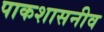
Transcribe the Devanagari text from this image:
पाकशासनीव